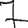
Digit: 7